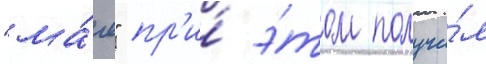
"ма́я" пр'и́ э́том получи́л